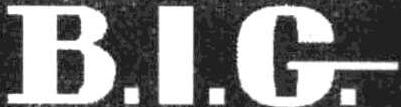
B.I.G.